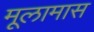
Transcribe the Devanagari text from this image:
मूलामास